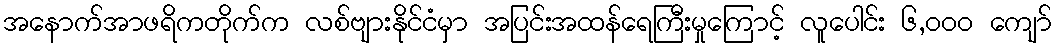
အနောက်အာဖရိကတိုက်က လစ်ဗျားနိုင်ငံမှာ အပြင်းအထန်ရေကြီးမှုကြောင့် လူပေါင်း ၆,၀၀၀ ကျော်